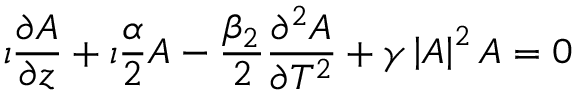
\imath \frac { \partial A } { \partial z } + \imath \frac { \alpha } { 2 } A - \frac { \beta _ { 2 } } { 2 } \frac { \partial ^ { 2 } A } { \partial T ^ { 2 } } + \gamma \left| A \right| ^ { 2 } A = 0